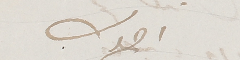
اخوك